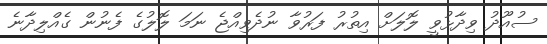
ސުއޫދު ވިދާޅުވީ ލޮލަށް އިތުރު ފަރުވާ ނުދެވިއްޖެ ނަމަ ލޮލުގެ ފެނުން ގެއްލިދާނެ